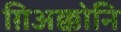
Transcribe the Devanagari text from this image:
ग़िअक्कोनि